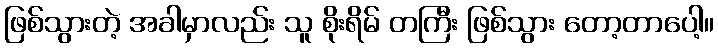
ဖြစ်သွားတဲ့ အခါမှာလည်း သူ စိုးရိမ် တကြီး ဖြစ်သွား တော့တာပေါ့။